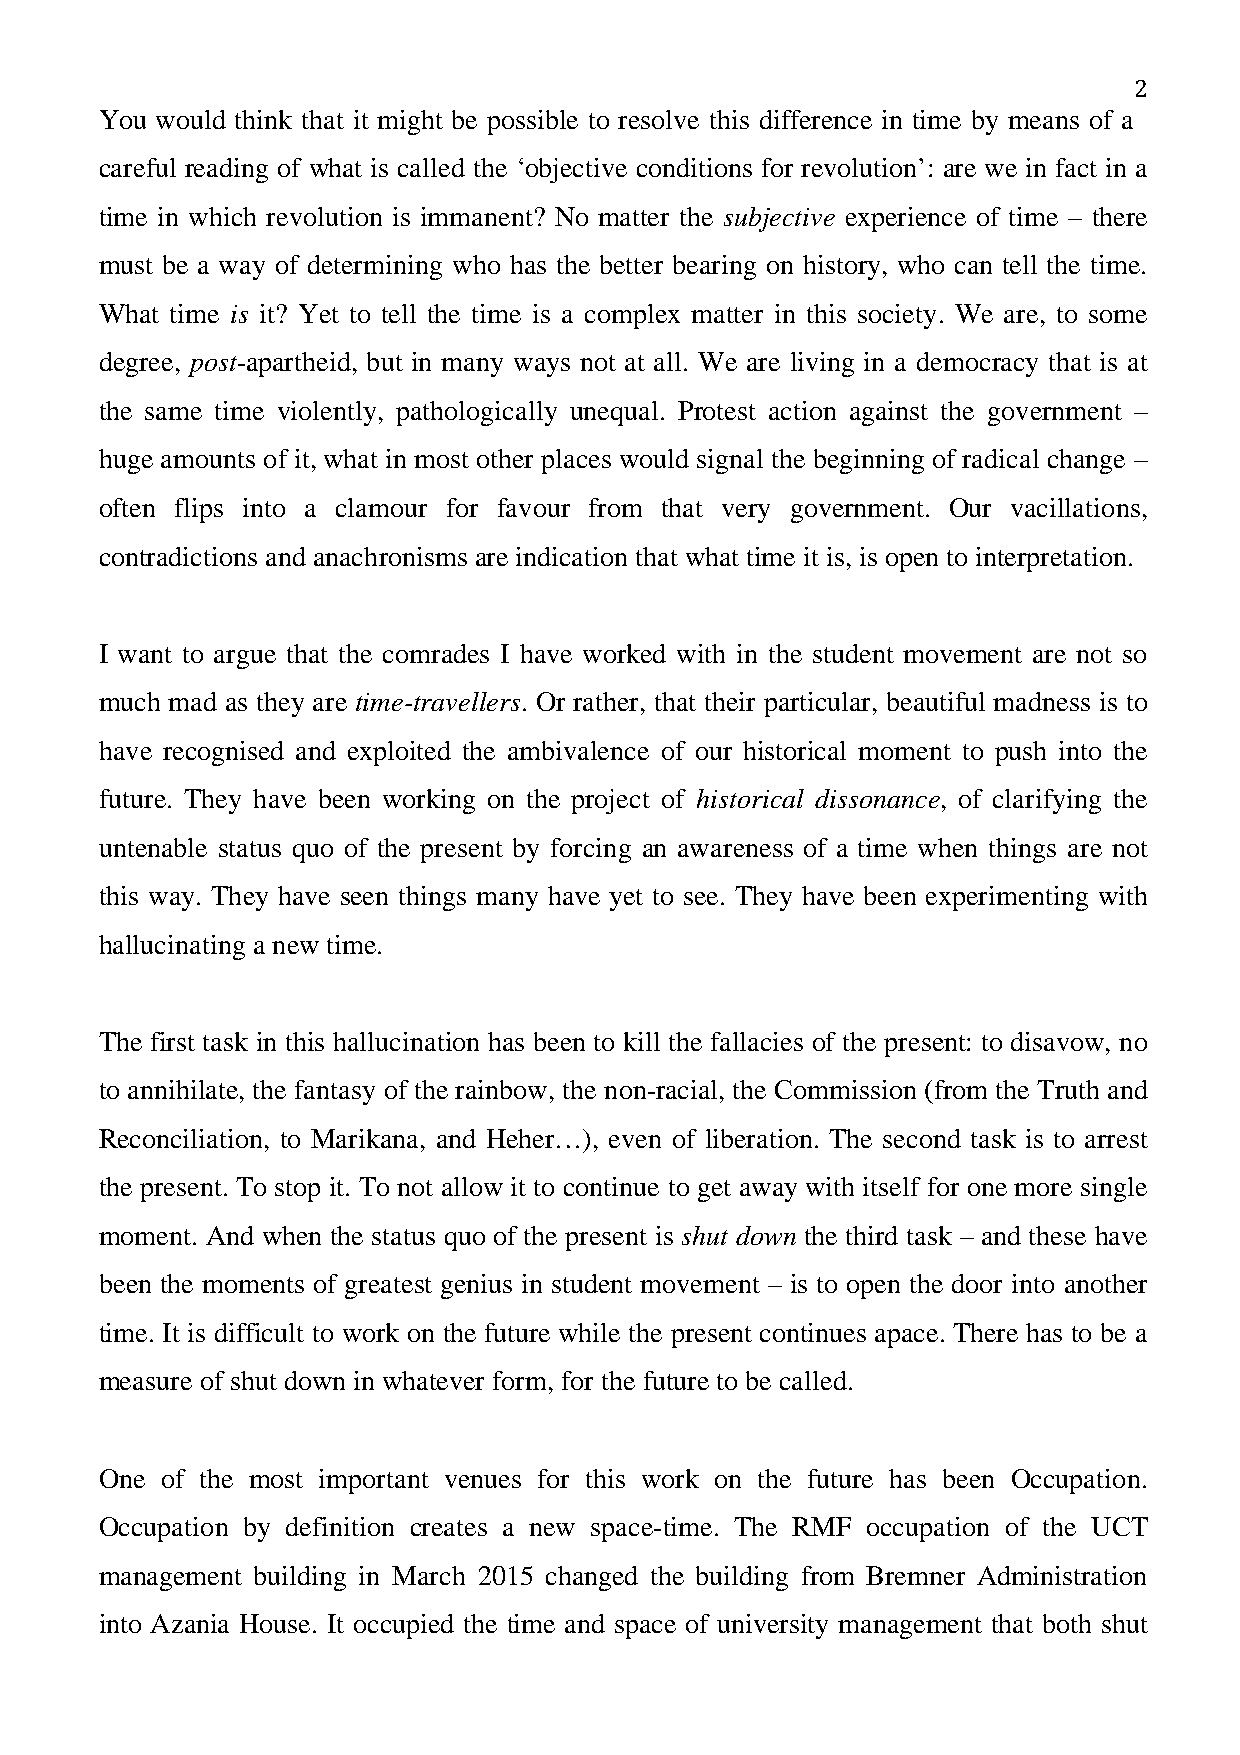
You would think that it might be possible to resolve this difference in time by means of a
 2
 careful reading of what is called the ‘objective conditions for revolution’: are we in fact in a
 time in which revolution is immanent? No matter the subjective experience of time – there
 must be a way of determining who has the better bearing on history, who can tell the time.
 What time is it? Yet to tell the time is a complex matter in this society. We are, to some
 degree, post-apartheid, but in many ways not at all. We are living in a democracy that is at
 the same time violently, pathologically unequal. Protest action against the government –
 huge amounts of it, what in most other places would signal the beginning of radical change –
 often flips into a clamour for favour from that very government. Our vacillations,
 contradictions and anachronisms are indication that what time it is, is open to interpretation.
 I want to argue that the comrades I have worked with in the student movement are not so
 much mad as they are time-travellers. Or rather, that their particular, beautiful madness is to
 have recognised and exploited the ambivalence of our historical moment to push into the
 future. They have been working on the project of historical dissonance, of clarifying the
 untenable status quo of the present by forcing an awareness of a time when things are not
 this way. They have seen things many have yet to see. They have been experimenting with
 hallucinating a new time.
 The first task in this hallucination has been to kill the fallacies of the present: to disavow, no
 to annihilate, the fantasy of the rainbow, the non-racial, the Commission (from the Truth and
 Reconciliation, to Marikana, and Heher…), even of liberation. The second task is to arrest
 the present. To stop it. To not allow it to continue to get away with itself for one more single
 moment. And when the status quo of the present is shut down the third task – and these have
 been the moments of greatest genius in student movement – is to open the door into another
 time. It is difficult to work on the future while the present continues apace. There has to be a
 measure of shut down in whatever form, for the future to be called.
 One of the most important venues for this work on the future has been Occupation.
 Occupation by definition creates a new space-time. The RMF occupation of the UCT
 management building in March 2015 changed the building from Bremner Administration
 into Azania House. It occupied the time and space of university management that both shut